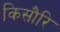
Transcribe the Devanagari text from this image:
किसौरि